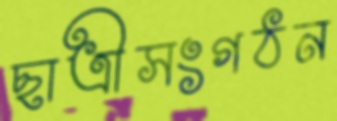
ছাত্রীসংগঠন